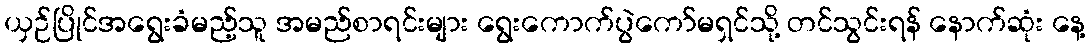
ယှဉ်ပြိုင်အရွေးခံမည့်သူ အမည်စာရင်းများ ရွေးကောက်ပွဲကော်မရှင်သို့ တင်သွင်းရန် နောက်ဆုံး နေ့